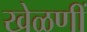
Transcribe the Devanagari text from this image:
खेळणीं